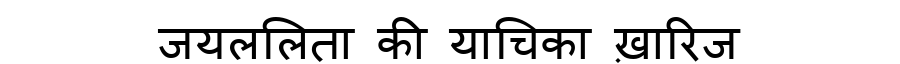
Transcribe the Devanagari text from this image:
जयललिता की याचिका ख़ारिज